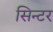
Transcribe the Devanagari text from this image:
सिन्टर